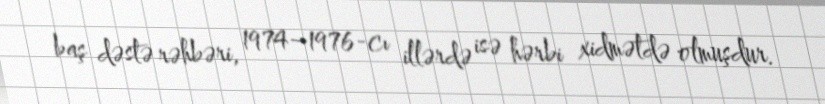
baş dəstə rəhbəri, 1974–1976-cı illərdə isə hərbi xidmətdə olmuşdur.